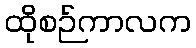
ထိုစဉ်ကာလက